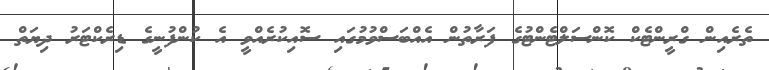
ތެރެއިން ގްރީންޓެކް ކޮންސަލްޓެންޓުގެ ފަރާތުން އެއްބަސްވުމުގައި ސޮއިކުރެއްވީ އެ ކުންފުނީގެ ޑިރެކްޓަރު ދިޔަތް